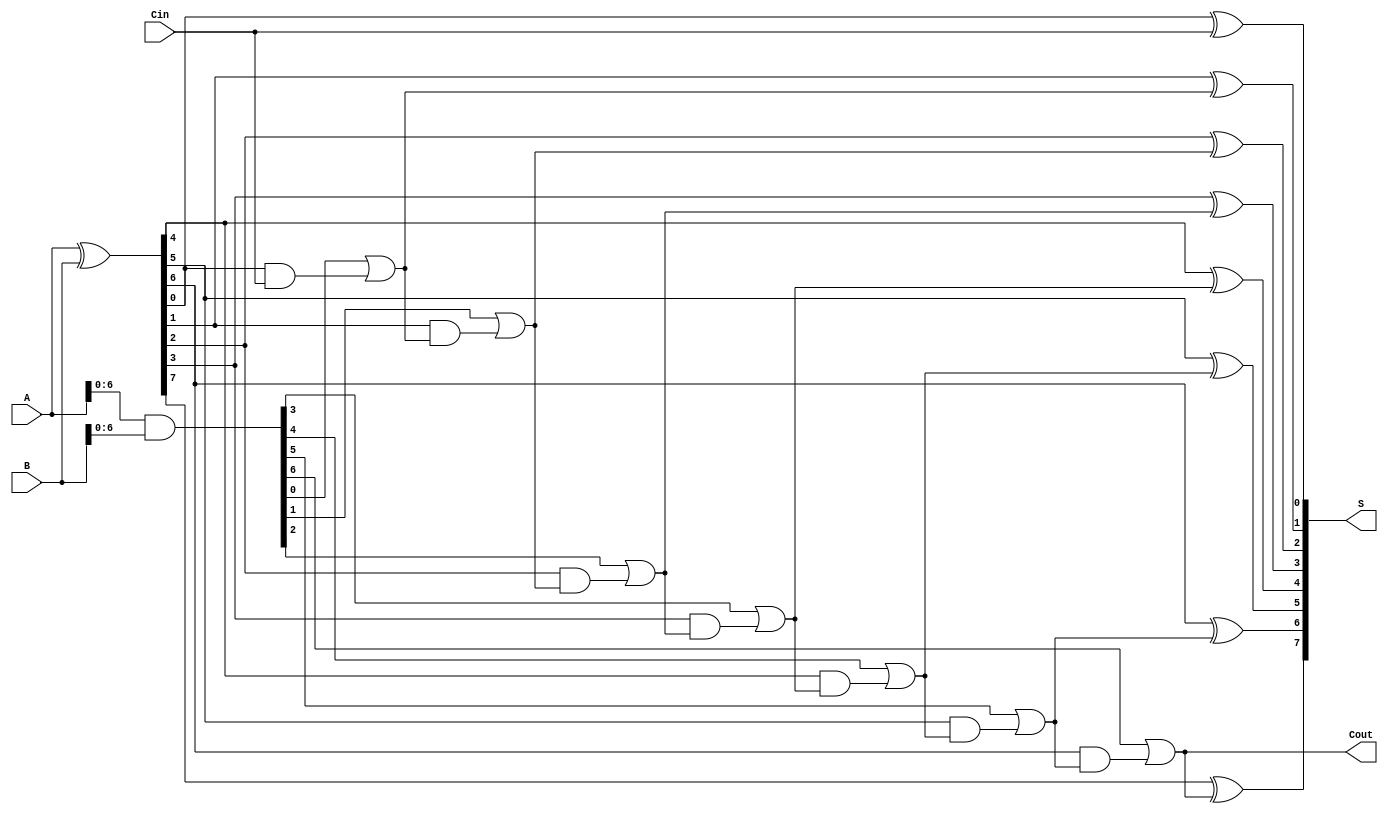
module ParallelPrefixAdder #(parameter n = 8) (
    input  [n-1:0] A,      // First operand
    input  [n-1:0] B,      // Second operand
    input         Cin,      // Carry-in
    output [n-1:0] S,      // Sum output
    output        Cout      // Carry-out
);

    // Generate and Propagate signals
    wire [n-1:0] G; // Generate
    wire [n-1:0] P; // Propagate
    wire [n-1:0] C; // Carry signals

    // Generate and Propagate calculations
    assign G = A & B;          // G[i] = A[i] & B[i]
    assign P = A ^ B;          // P[i] = A[i] ^ B[i]

    // Carry signals initialization
    assign C[0] = Cin;         // C[0] = Cin

    // Kogge-Stone prefix network
    genvar i, j;
    generate
        // Level 1
        for (i = 1; i < n; i = i + 1) begin : level1
            assign C[i] = G[i-1] | (P[i-1] & C[i-1]);
        end

        // Sum calculation
        for (j = 0; j < n; j = j + 1) begin : sum_calc
            assign S[j] = P[j] ^ C[j];
        end
    endgenerate

    // Final carry-out
    assign Cout = C[n-1]; // Cout = C[n-1]

endmodule